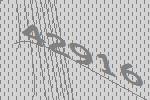
42916